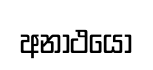
අනාථයෝ